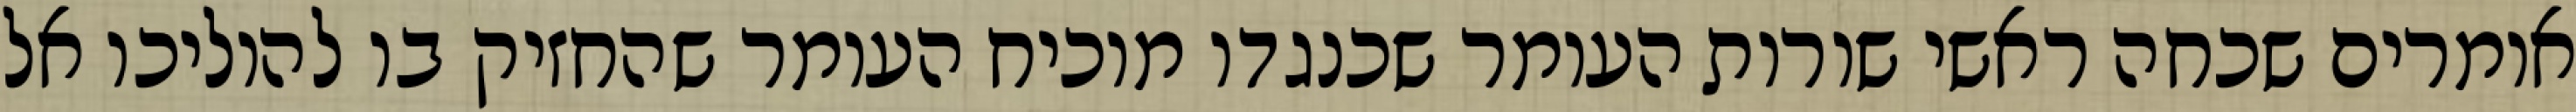
אומרים שכחה ראשי שורות העומר שכנגדו מוכיח העומר שהחזיק בו להוליכו אל